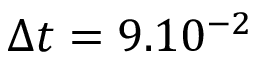
\Delta t = 9 . 1 0 ^ { - 2 }